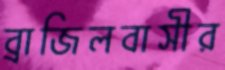
ব্রাজিলবাসীর